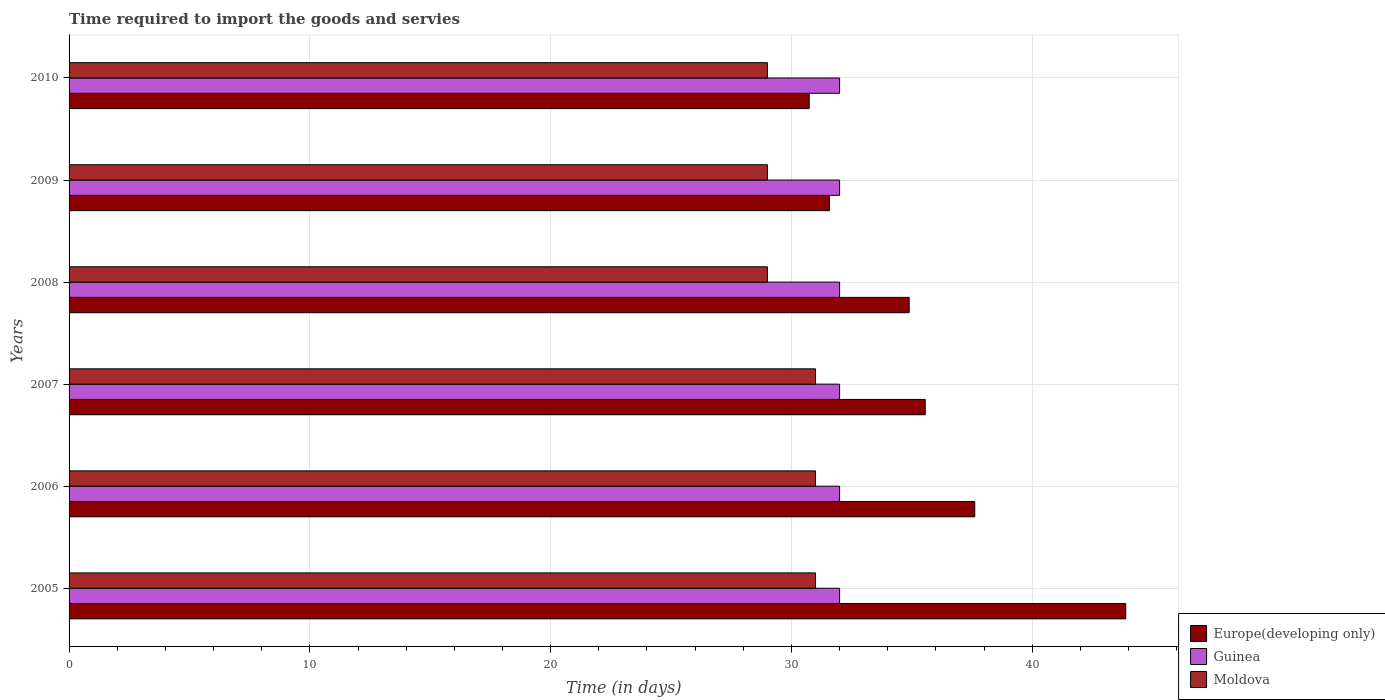
| Years | Europe(developing only) | Guinea | Moldova |
 | --- | --- | --- | --- |
 | 2005 | 43.9 | 32 | 31 |
 | 2006 | 37.6 | 32 | 31 |
 | 2007 | 35.6 | 32 | 31 |
 | 2008 | 34.9 | 32 | 29 |
 | 2009 | 31.6 | 32 | 29 |
 | 2010 | 30.7 | 32 | 29 |